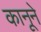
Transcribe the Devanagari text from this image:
कानूने